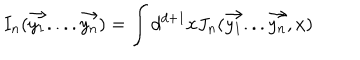
I _ { n } ( \vec { y _ { 1 } } . . . . \vec { y _ { n } } ) = \int d ^ { d + 1 } x J _ { n } ( \vec { y _ { 1 } } . . . \vec { y _ { n } } , x )